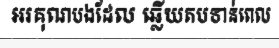
អរគុណបងដែល ឆ្លើយតបទាន់ពេល